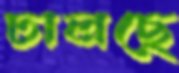
ঢালছে